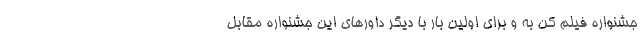
جشنواره فیلم کن به و برای اولین بار با دیگر داورهای این جشنواره مقابل